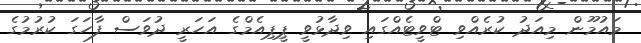
މައުމޫން މިއަދު ކުރެއްވި ޓްވީޓެއްގައި ވިދާޅުވީ ޕީޕިއެމްގެ އަހަރީ ދުވަސް ފާހަގަ ކުރުމުގެ